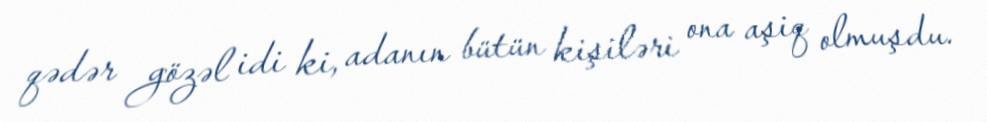
qədər gözəl idi ki, adanın bütün kişiləri ona aşiq olmuşdu.